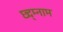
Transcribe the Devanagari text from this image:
छ्द्म्नाम